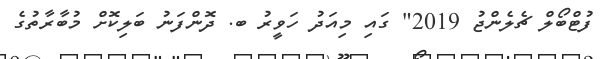
ފުޓްބޯލް ޗެލެންޖު 2019" ގައި މިއަދު ހަވީރު ބ. ދޮންފަނު ބަލިކޮށް މުބާރާތުގެ